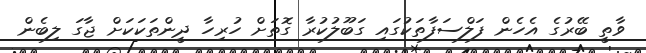
ވާތީ ބޭރުގެ އެހެން ފަލްސަފާތަކުގައި ގަބޫލުކުރާ ގޮތަށް ހުރިހާ ދީންތަކަކަށް ޖާގަ ލިބެން